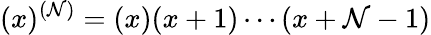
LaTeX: (x)^{(\mathcal{N})}=(x)(x+1)\cdots(x+\mathcal{N}-1)